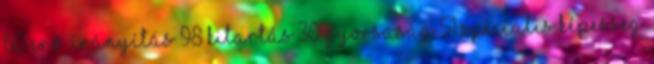
60 Erő Irányítás 98 Kitartás 30 Gyorsaság 51 Speciális képesség